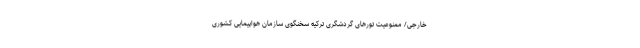
خارجی/ ممنوعیت تورهای گردشگری ترکیه سخنگوی سازمان هواپیمایی کشوری